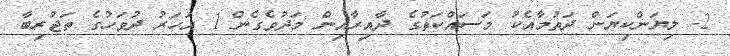
2- ލިޔަންކިޔަން ދަތުމާއެކު މަސައްކަތުގެ ދާއިރާއިން މަދުވެގެން 1 އަހަރު ދުވަހުގެ ތަޖުރިބާ